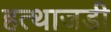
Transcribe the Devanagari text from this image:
हत्थाजडी